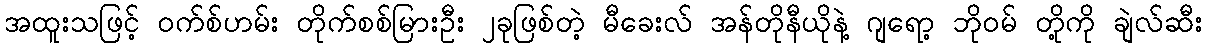
အထူးသဖြင့် ဝက်စ်ဟမ်း တိုက်စစ်မြားဦး ၂ခုဖြစ်တဲ့ မီခေးလ် အန်တိုနီယိုနဲ့ ဂျရော့ ဘိုဝမ် တို့ကို ချဲလ်ဆီး